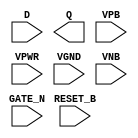
/**
 * Copyright 2020 The SkyWater PDK Authors
 *
 * Licensed under the Apache License, Version 2.0 (the "License");
 * you may not use this file except in compliance with the License.
 * You may obtain a copy of the License at
 *
 *     https://www.apache.org/licenses/LICENSE-2.0
 *
 * Unless required by applicable law or agreed to in writing, software
 * distributed under the License is distributed on an "AS IS" BASIS,
 * WITHOUT WARRANTIES OR CONDITIONS OF ANY KIND, either express or implied.
 * See the License for the specific language governing permissions and
 * limitations under the License.
 *
 * SPDX-License-Identifier: Apache-2.0
 */

`ifndef SKY130_FD_SC_HD__DLRTN_PP_SYMBOL_V
`define SKY130_FD_SC_HD__DLRTN_PP_SYMBOL_V

/**
 * dlrtn: Delay latch, inverted reset, inverted enable, single output.
 *
 * Verilog stub (with power pins) for graphical symbol definition
 * generation.
 *
 * WARNING: This file is autogenerated, do not modify directly!
 */

`timescale 1ns / 1ps
`default_nettype none

(* blackbox *)
module sky130_fd_sc_hd__dlrtn (
    //# {{data|Data Signals}}
    input  D      ,
    output Q      ,

    //# {{control|Control Signals}}
    input  RESET_B,

    //# {{clocks|Clocking}}
    input  GATE_N ,

    //# {{power|Power}}
    input  VPB    ,
    input  VPWR   ,
    input  VGND   ,
    input  VNB
);
endmodule

`default_nettype wire
`endif  // SKY130_FD_SC_HD__DLRTN_PP_SYMBOL_V